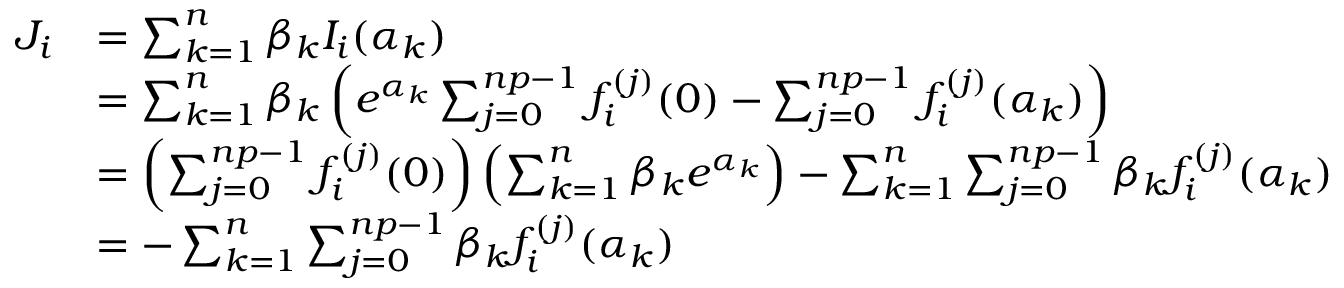
{ \begin{array} { r l } { J _ { i } } & { = \sum _ { k = 1 } ^ { n } \beta _ { k } I _ { i } ( \alpha _ { k } ) } \\ & { = \sum _ { k = 1 } ^ { n } \beta _ { k } \left( e ^ { \alpha _ { k } } \sum _ { j = 0 } ^ { n p - 1 } f _ { i } ^ { ( j ) } ( 0 ) - \sum _ { j = 0 } ^ { n p - 1 } f _ { i } ^ { ( j ) } ( \alpha _ { k } ) \right) } \\ & { = \left( \sum _ { j = 0 } ^ { n p - 1 } f _ { i } ^ { ( j ) } ( 0 ) \right) \left( \sum _ { k = 1 } ^ { n } \beta _ { k } e ^ { \alpha _ { k } } \right) - \sum _ { k = 1 } ^ { n } \sum _ { j = 0 } ^ { n p - 1 } \beta _ { k } f _ { i } ^ { ( j ) } ( \alpha _ { k } ) } \\ & { = - \sum _ { k = 1 } ^ { n } \sum _ { j = 0 } ^ { n p - 1 } \beta _ { k } f _ { i } ^ { ( j ) } ( \alpha _ { k } ) } \end{array} }